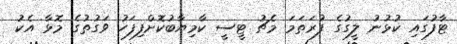
ޓާފުގައި ކުޅުނު ލީގުގެ ފުރަތަމަ މެޗު ޓީސީ ކާމިޔާބުކޮށްފިފަހު ވަގުތުގެ މޮޅާ އެކު